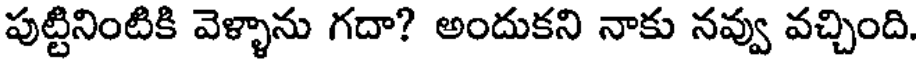
పుట్టినింటికి వెళ్ళాను గదా? అందుకని నాకు నవ్వు వచ్చింది.